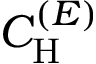
C _ { \mathrm { H } } ^ { ( { \cal E } ) }